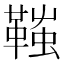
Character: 䩶